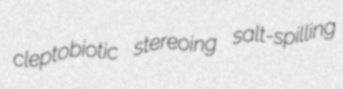
cleptobiotic stereoing salt-spilling